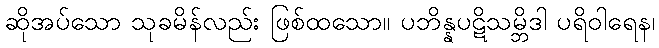
ဆိုအပ်သော သုခမိန်လည်း ဖြစ်ထသော။ ပဘိန္နပဋိသမ္ဘိဒါ ပရိဝါရေန၊